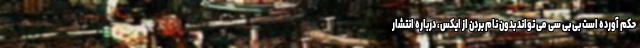
حکم آورده است بی بی سی می تواند بدون نام بردن از ایکس، درباره انتشار